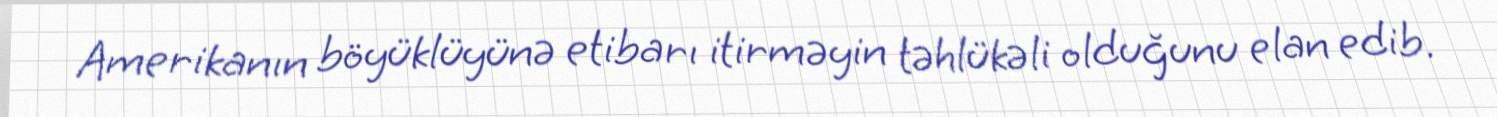
Amerikanın böyüklüyünə etibarı itirməyin təhlükəli olduğunu elan edib.